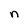
Character: n